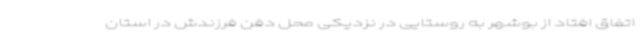
اتفاق افتاد از بوشهر به روستایی در نزدیکی محل دفن فرزندش در استان